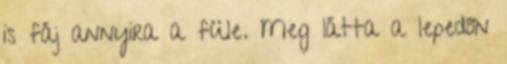
is fáj annyira a füle. Meg látta a lepedőn